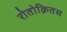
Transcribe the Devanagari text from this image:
रोतोक्रितस